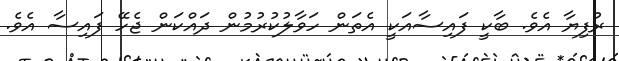
ރުފިޔާ އެވެ. ބާކީ ފައިސާއަކީ އެތަން ހަވާލުކުރުމުން ދައްކަން ޖެހޭ ފައިސާ އެވެ.